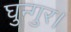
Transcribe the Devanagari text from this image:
घुन्गुर।